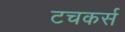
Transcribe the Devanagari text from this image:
टचकर्स